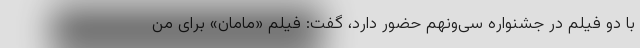
با دو فیلم در جشنواره سی‌ونهم حضور دارد، گفت: فیلم «مامان» برای من